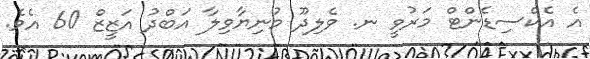
އެ އެކްސިޑެންޓް މަރުވީ ނ. ވެލިދޫ މުނިޔާވިލާ އަބްދު އަޒީޒް 60 އެވެ.